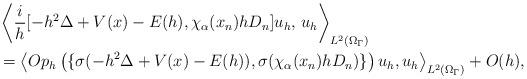
LaTeX: \begin{align*}&\left< \frac{i}h [-h^2\Delta+V(x)-E(h), \chi_\alpha(x_n)hD_n] u_h,\, u_h \right>_{L^2(\Omega_\Gamma)} \\&= \left< Op_h \left(\{\sigma(-h^2\Delta+V(x)-E(h)), \sigma(\chi_\alpha(x_n) hD_n)\} \right)u_h, u_h \right>_{L^2(\Omega_\Gamma)}+ O(h),\end{align*}